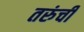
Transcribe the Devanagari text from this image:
तरुंची